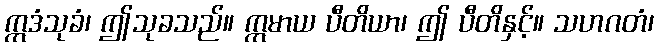
ဣဒံသုခံ၊ ဤသုခသည်။ ဣမာယ ပီတိယာ၊ ဤ ပီတိနှင့်။ သဟဂတံ၊